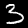
Digit: 3